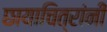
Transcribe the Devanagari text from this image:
छायाचित्रांनी